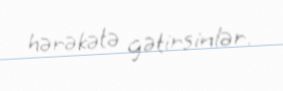
hərəkətə gətirsinlər.